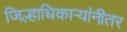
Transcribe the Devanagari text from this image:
जिल्हाधिकार्‍यांनीतर